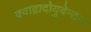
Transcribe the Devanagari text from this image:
क्वाद्रादोयुवेन्टस